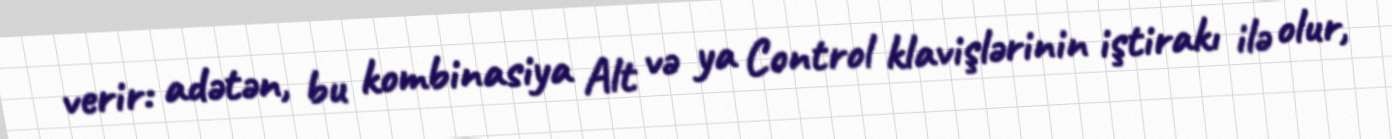
verir: adətən, bu kombinasiya Alt və ya Control klavişlərinin iştirakı ilə olur,